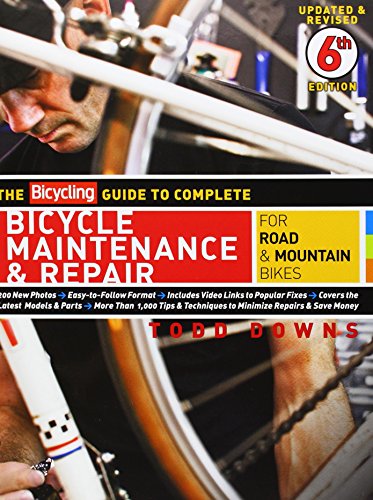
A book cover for The Bicycling Guide to Complete Bicycle Maintenance & Repair: For Road & Mountain Bikes; Todd Downs; Engineering & Transportation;